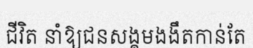
ជីវិត នាំឱ្យជនសង្គមងងឹតកាន់តែ